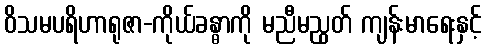
ဝိသမပရိဟာရုဇာ-ကိုယ်ခန္ဓာကို မညီမညွတ် ကျန်းမာရေးနှင့်